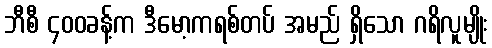
ဘီစီ ၄၀၀ခန့်က ဒီမော့ကရစ်တပ် အမည် ရှိသော ဂရိလူမျိုး